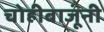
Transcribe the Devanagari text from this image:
चोहीबाजूंनी